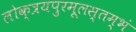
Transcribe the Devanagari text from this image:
लोक्त्रयपुरमूलस्तम्भं